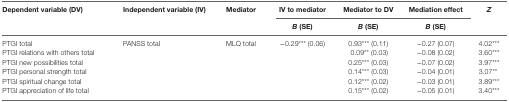
<table><thead><tr><td rowspan="2"><b>Dependent variable (DV)</b></td><td rowspan="2"><b>Independent variable (IV)</b></td><td rowspan="2"><b>Mediator</b></td><td><b>IV to mediator</b></td><td><b>Mediator to DV</b></td><td><b>Mediation effect</b></td><td rowspan="2"><b><i>Z</i></b></td></tr><tr><td><b><i>B</i> (SE)</b></td><td><b><i>B</i> (SE)</b></td><td><b><i>B</i> (SE)</b></td></tr></thead><tbody><tr><td>PTGI total</td><td rowspan="6">PANSS total</td><td rowspan="6">MLQ total</td><td rowspan="6">−0.29*** (0.06)</td><td>0.93*** (0.11)</td><td>−0.27 (0.07)</td><td>4.02***</td></tr><tr><td>PTGI relations with others total</td><td>0.09** (0.03)</td><td>−0.08 (0.02)</td><td>3.60***</td></tr><tr><td>PTGI new possibilities total</td><td>0.25*** (0.03)</td><td>−0.07 (0.02)</td><td>3.97***</td></tr><tr><td>PTGI personal strength total</td><td>0.14*** (0.03)</td><td>−0.04 (0.01)</td><td>3.07**</td></tr><tr><td>PTGI spiritual change total</td><td>0.12*** (0.02)</td><td>−0.03 (0.01)</td><td>3.89***</td></tr><tr><td>PTGI appreciation of life total</td><td>0.15*** (0.02)</td><td>−0.05 (0.01)</td><td>3.40***</td></tr></tbody></table>